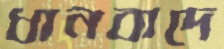
ধানবাদে